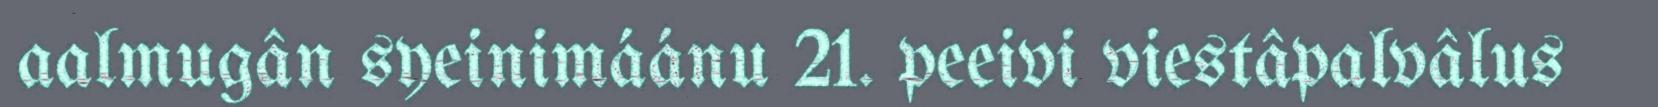
aalmugân syeinimáánu 21. peeivi viestâpalvâlus